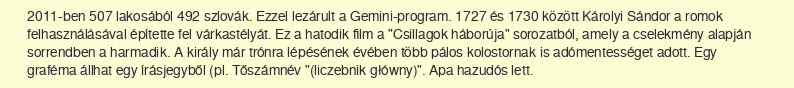
2011-ben 507 lakosából 492 szlovák. Ezzel lezárult a Gemini-program. 1727 és 1730 között Károlyi Sándor a romok felhasználásával építette fel várkastélyát. Ez a hatodik film a "Csillagok háborúja" sorozatból, amely a cselekmény alapján sorrendben a harmadik. A király már trónra lépésének évében több pálos kolostornak is adómentességet adott. Egy graféma állhat egy írásjegyből (pl. Tőszámnév "(liczebnik główny)". Apa hazudós lett.